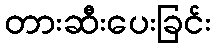
တားဆီးပေးခြင်း